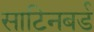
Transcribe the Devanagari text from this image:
साटिनबर्ड